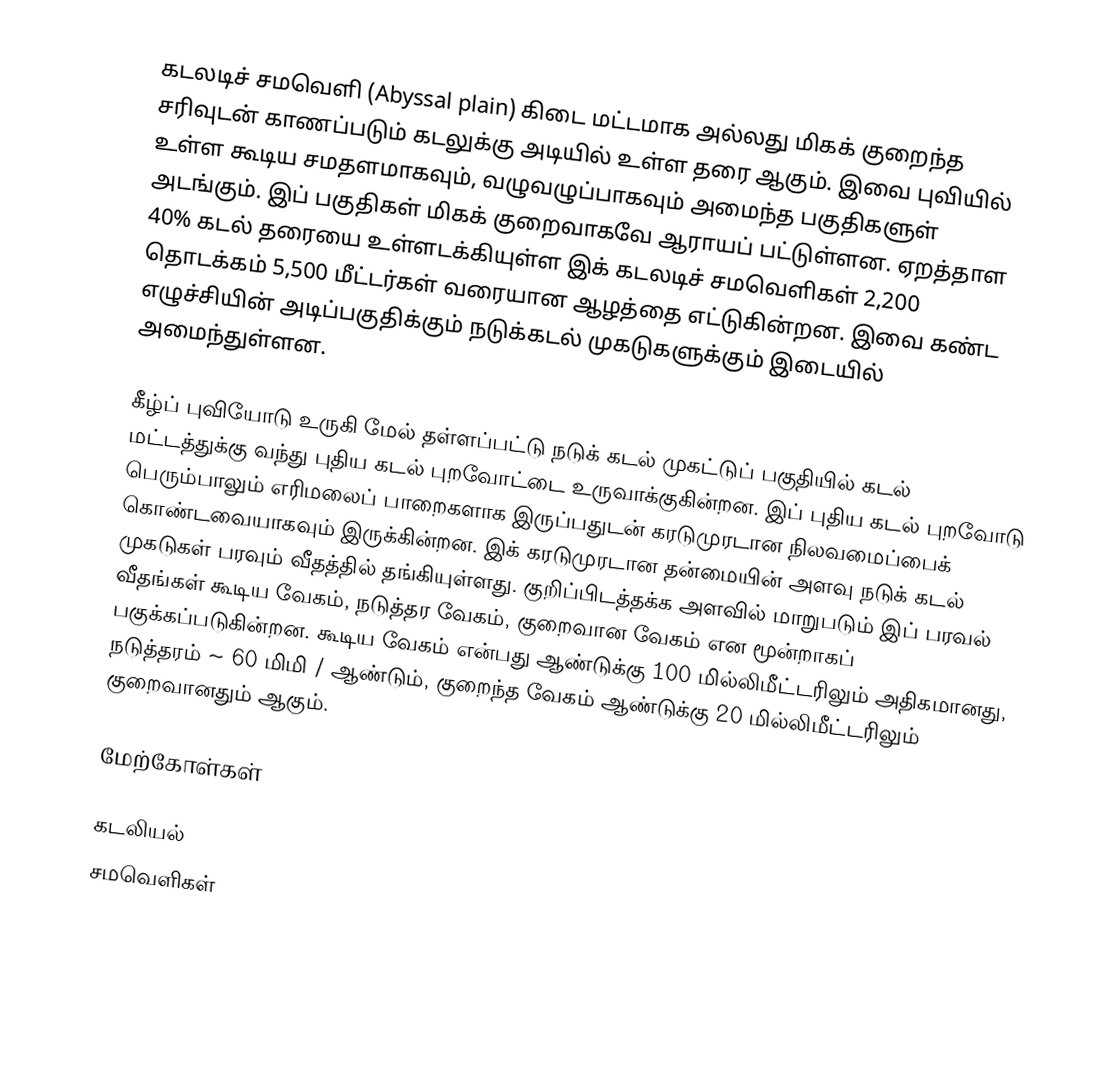
கடலடிச் சமவெளி (Abyssal plain) கிடை மட்டமாக அல்லது மிகக் குறைந்த சரிவுடன் காணப்படும் கடலுக்கு அடியில் உள்ள தரை ஆகும். இவை புவியில் உள்ள கூடிய சமதளமாகவும், வழுவழுப்பாகவும் அமைந்த பகுதிகளுள் அடங்கும். இப் பகுதிகள் மிகக் குறைவாகவே ஆராயப் பட்டுள்ளன.  ஏறத்தாள 40% கடல் தரையை உள்ளடக்கியுள்ள இக் கடலடிச் சமவெளிகள் 2,200 தொடக்கம் 5,500 மீட்டர்கள் வரையான ஆழத்தை எட்டுகின்றன. இவை கண்ட எழுச்சியின் அடிப்பகுதிக்கும் நடுக்கடல் முகடுகளுக்கும் இடையில் அமைந்துள்ளன.

கீழ்ப் புவியோடு உருகி மேல் தள்ளப்பட்டு நடுக் கடல் முகட்டுப் பகுதியில் கடல் மட்டத்துக்கு வந்து புதிய கடல் புறவோட்டை உருவாக்குகின்றன. இப் புதிய கடல் புறவோடு பெரும்பாலும் எரிமலைப் பாறைகளாக இருப்பதுடன் கரடுமுரடான நிலவமைப்பைக் கொண்டவையாகவும் இருக்கின்றன. இக் கரடுமுரடான தன்மையின் அளவு நடுக் கடல் முகடுகள் பரவும் வீதத்தில் தங்கியுள்ளது. குறிப்பிடத்தக்க அளவில் மாறுபடும் இப் பரவல் வீதங்கள் கூடிய வேகம், நடுத்தர வேகம், குறைவான வேகம் என மூன்றாகப் பகுக்கப்படுகின்றன. கூடிய வேகம் என்பது ஆண்டுக்கு 100 மில்லிமீட்டரிலும் அதிகமானது, நடுத்தரம் ~ 60 மிமி / ஆண்டும், குறைந்த வேகம் ஆண்டுக்கு 20 மில்லிமீட்டரிலும் குறைவானதும் ஆகும்.

மேற்கோள்கள்

கடலியல்
சமவெளிகள்